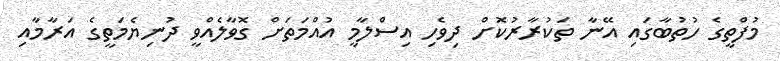
މުފްތީގެ ހުތުބާގައި އޭނާ ތަކުރާރުކޮށް ދިވެހި އިސްލާމީ އުއްމަތަށް ގޮވާލެއްވީ ދުނިޔެމަތީގެ އަރާމާއި